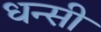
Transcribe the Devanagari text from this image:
धन्सी